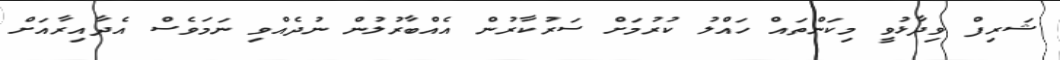
ޝަރިފް ވިދާޅުވީ މިކަންތައް ހައްލު ކުރުމަށް ސަރުކާރުން އެއްބާރުލުން ނުދެއްވި ނަމަވެސް އެދާއިރާއަށް